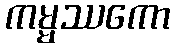
ကမ္မဿကော